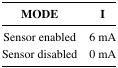
<table><thead><tr><td><b>MODE</b></td><td><b>I</b></td></tr></thead><tbody><tr><td>Sensor enabled</td><td>6 mA</td></tr><tr><td>Sensor disabled</td><td>0 mA</td></tr></tbody></table>